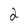
Character: 2